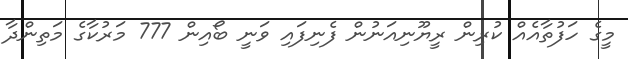
މީގެ ހަފުތާއެއް ކުރިން ރީޔޫނިއަނުން ފެނިފައި ވަނީ ބޯއިން 777 މަރުކާގެ މަތިންދާ